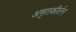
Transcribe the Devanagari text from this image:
अमृतकीर्तन